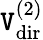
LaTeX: \mathtt{V}_{\mathrm{{dir}}}^{(2)}